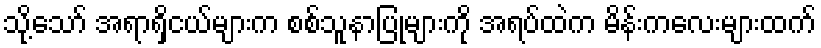
သို့သော် အရာရှိငယ်များက စစ်သူနာပြုများကို အရပ်ထဲက မိန်းကလေးများထက်